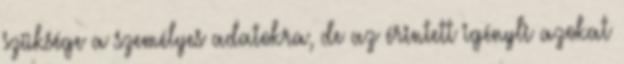
szüksége a személyes adatokra, de az érintett igényli azokat